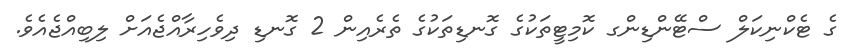
ގެ ޓެކްނިކަލް ސްޓޭންޑިންގ ކޮމިޓީތަކުގެ ގޮނޑިތަކުގެ ތެރެއިން 2 ގޮނޑި ދިވެހިރާއްޖެއަށް ލިބިއްޖެއެވެ.